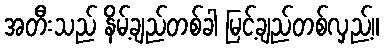
အတီးသည် နိမ့်ချည်တစ်ခါ မြင့်ချည်တစ်လှည့်။